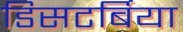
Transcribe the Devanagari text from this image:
डिसटर्बिया